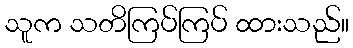
သူက သတိကြပ်ကြပ် ထားသည်။